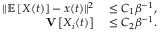
\begin{array} { r l } { \Vert \mathbb { E } \left[ X ( t ) \right] - x ( t ) \Vert ^ { 2 } } & { { } \leq C _ { 1 } \beta ^ { - 1 } , } \\ { \mathbf { V } \left[ X _ { i } ( t ) \right] } & { { } \leq C _ { 2 } \beta ^ { - 1 } . } \end{array}